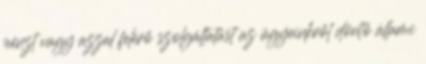
pénzt vagy azzal felérő szolgáltatást az ügyeinkről döntő állami